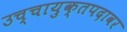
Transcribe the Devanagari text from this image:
उच्चायुक्तपदावर